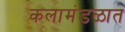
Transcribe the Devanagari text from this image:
कलामंडळात